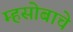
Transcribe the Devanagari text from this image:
म्हसोबाचे